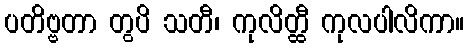
ပတိဗ္ဗတာ တွပိ သတီ၊ ကုလိတ္ထီ ကုလပါလိကာ။